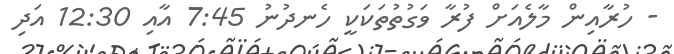
- ހުރާއިން މާލެއަށް ފުރާ ވަގުތުތަކަކީ ހެނދުނު 7:45 އާއި 12:30 އަދި